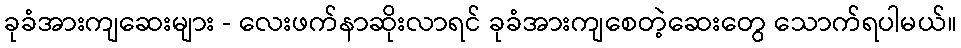
ခုခံအားကျဆေးများ - လေးဖက်နာဆိုးလာရင် ခုခံအားကျစေတဲ့ဆေးတွေ သောက်ရပါမယ်။